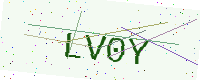
Text: LV0Y